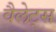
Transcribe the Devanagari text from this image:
वैलेट्स